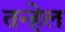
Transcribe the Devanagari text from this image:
तन्हेल